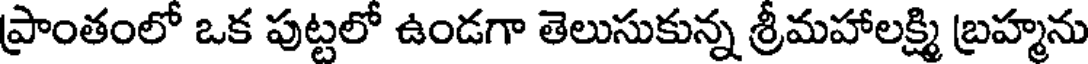
ప్రాంతంలో ఒక పుట్టలో ఉండగా తెలుసుకున్న శ్రీమహాలక్ష్మి బ్రహ్మను